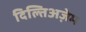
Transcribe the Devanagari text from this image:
दिल्तिअज़ेम